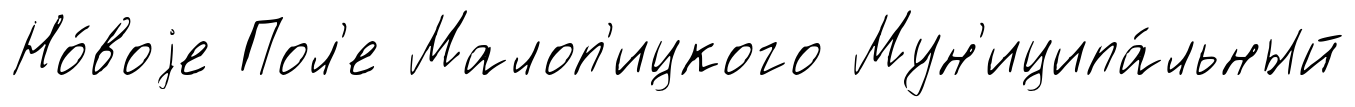
Но́воjе Пол'е Малоп'ицкого Мун'иципа́льный